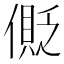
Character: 𠍥